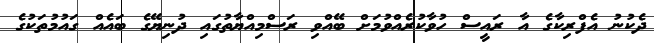
ދެކުނު އެފްރިކާގެ އާ ރައީސް ހުވާކުރެއްވުމަށް ބޭއްވި ރަސްމިއްޔާތުގައި ދުނިޔޭގެ ބައެއް ގައުމުތަކުގެ